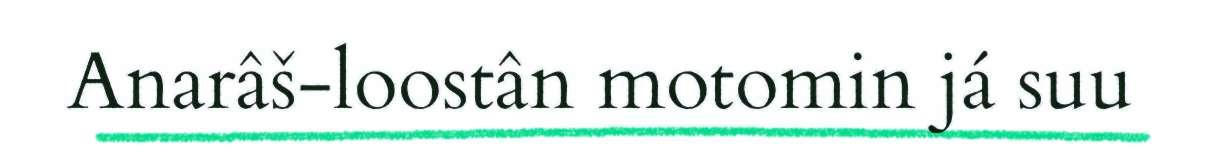
Anarâš-loostân motomin já suu